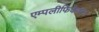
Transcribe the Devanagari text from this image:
एम्पलीफिकेशन